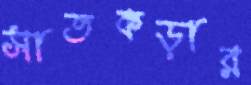
সাতকড়ার